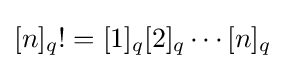
[n]_{q}!=[1]_{q}[2]_{q}\cdots [n]_{q}